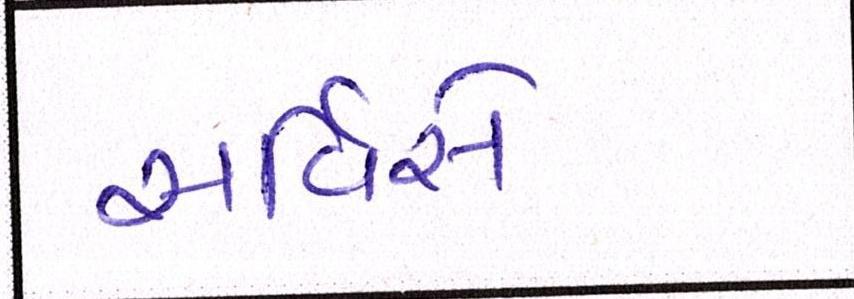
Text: સર્વિસે